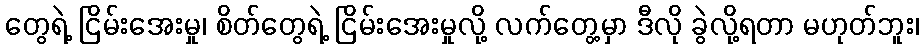
တွေရဲ့ ငြိမ်းအေးမှု၊ စိတ်တွေရဲ့ ငြိမ်းအေးမှုလို့ လက်တွေ့မှာ ဒီလို ခွဲလို့ရတာ မဟုတ်ဘူး၊